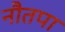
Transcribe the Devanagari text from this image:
नौतपा